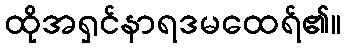
ထိုအရှင်နာရဒမထေရ်၏။